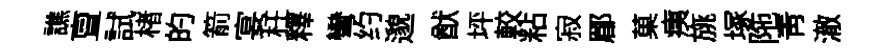
譙亶試楮的箭宴枉釋彎约邈猷坪較粘寂郿菓痍旐塚陁青澈